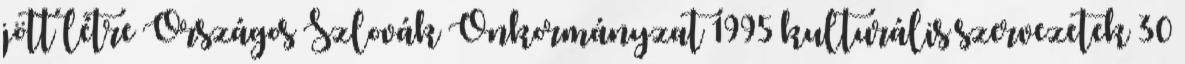
jött létre Országos Szlovák Önkormányzat 1995 kulturális szervezetek 30